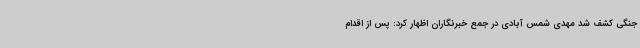
جنگی کشف شد مهدی شمس آبادی در جمع خبرنگاران اظهار کرد: پس از اقدام